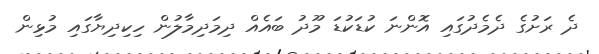
ދެ ރަށުގެ ދެމެދުގައި އޮންނަ ކުޑަކުޑަ މޫދު ބައެއް ދިމަދިމާލުން ހިކިދިޔާގައި މުޅިން